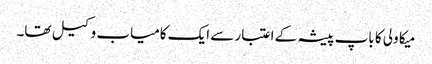
میکا ولی کا باپ پیشہ کے اعتبار سے ایک کامیاب وکیل تھا۔